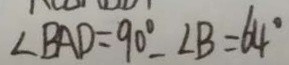
\angle B A D = 9 0 ^ { \circ } - \angle B = 6 4 ^ { \circ }